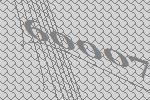
60007